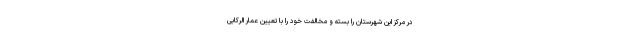
در مرکز این شهرستان را بسته و مخالفت خود را با تعیین عمار الرکابی